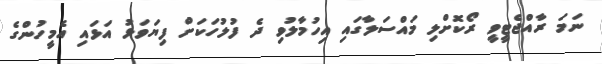
ނަމަ ރާއްޖެޓީވީ ރޯކޮށްލި މައްސަލާގައި އިހުމާލުވި ދެ ފުލުހަކަށް ފިޔަވަޅު އަޅައި އެމީހުންގެ